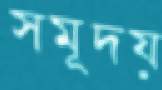
সমূদয়